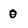
Character: 0